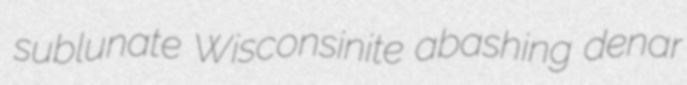
sublunate Wisconsinite abashing denar